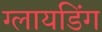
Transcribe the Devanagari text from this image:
ग्लायडिंग